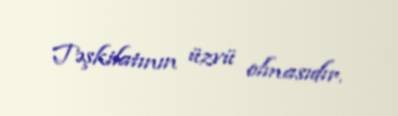
Təşkilatının üzvü olmasıdır.